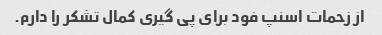
از زحمات اسنپ فود برای پی گیری کمال تشکر را دارم.